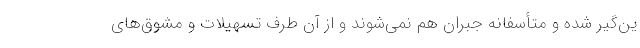
ین‌گیر شده و متأسفانه جبران هم نمی‌شوند و از آن طرف تسهیلات و مشوق‌های